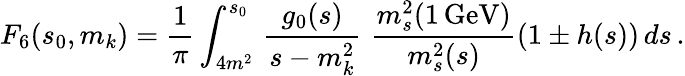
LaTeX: F_{6}(s_{0},m_{k})=\frac{1}{\pi}\int_{4m^{2}}^{s_{0}}\, \frac{g_{0}(s)}{s-m_{k}^{2}}\, \, \frac{m_{s}^{2}(1\, \mathrm{GeV})}{m_{s}^{2}(s)}\left(1\pm h(s)\right)\, ds\, .